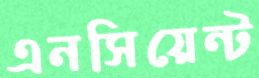
এনসিয়েন্ট